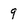
Character: 9